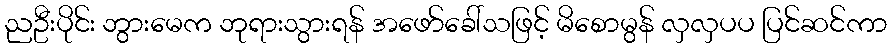
ညဦးပိုင်း ဘွားမေက ဘုရားသွားရန် အဖော်ခေါ်သဖြင့် မိစောမွန် လှလှပပ ပြင်ဆင်ကာ